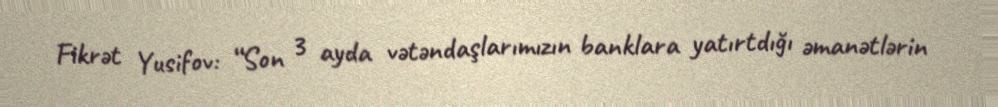
Fikrət Yusifov: “Son 3 ayda vətəndaşlarımızın banklara yatırtdığı əmanətlərin